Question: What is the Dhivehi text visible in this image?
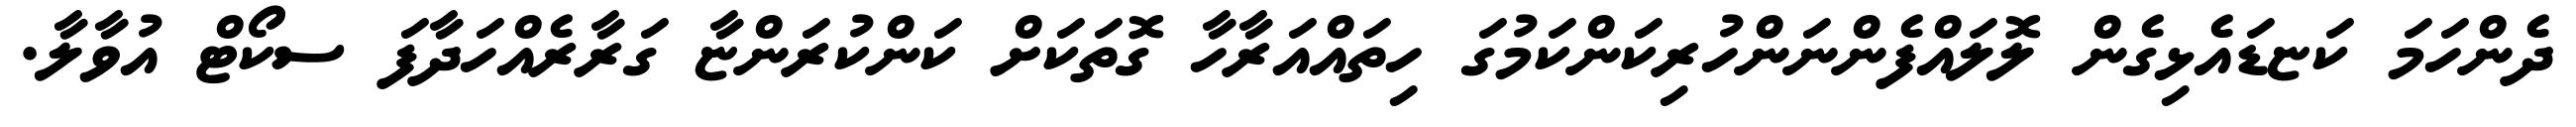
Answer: ދެންހަމަ ކަޏޑައެޅިގެން ލޮލައްފެންނަންހުރިކަންކަމުގަ ހިތައްއަރާހާ ގޮތަކަށް ކަންކުރަންޏާ ގަރާރެއްހަދާފަ ސކޯޓް އުވާލާ.